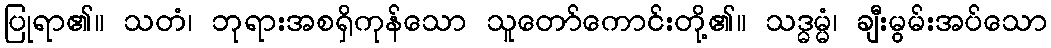
ပြုရာ၏။ သတံ၊ ဘုရားအစရှိကုန်သော သူတော်ကောင်းတို့၏။ သဒ္ဓမ္မံ၊ ချီးမွမ်းအပ်သော